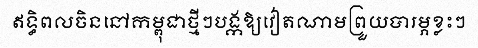
ឥទ្ធិពលចិននៅកម្ពុជាថ្មីៗបង្កឱ្យវៀតណាមព្រួយបារម្ភខ្លះៗ